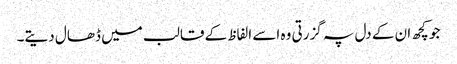
جو کچھ ان کے دل پہ گزرتی وہ اسے الفاظ کے قالب میں ڈھال دیتے۔